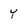
Character: Y